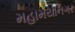
મહામયાનગર